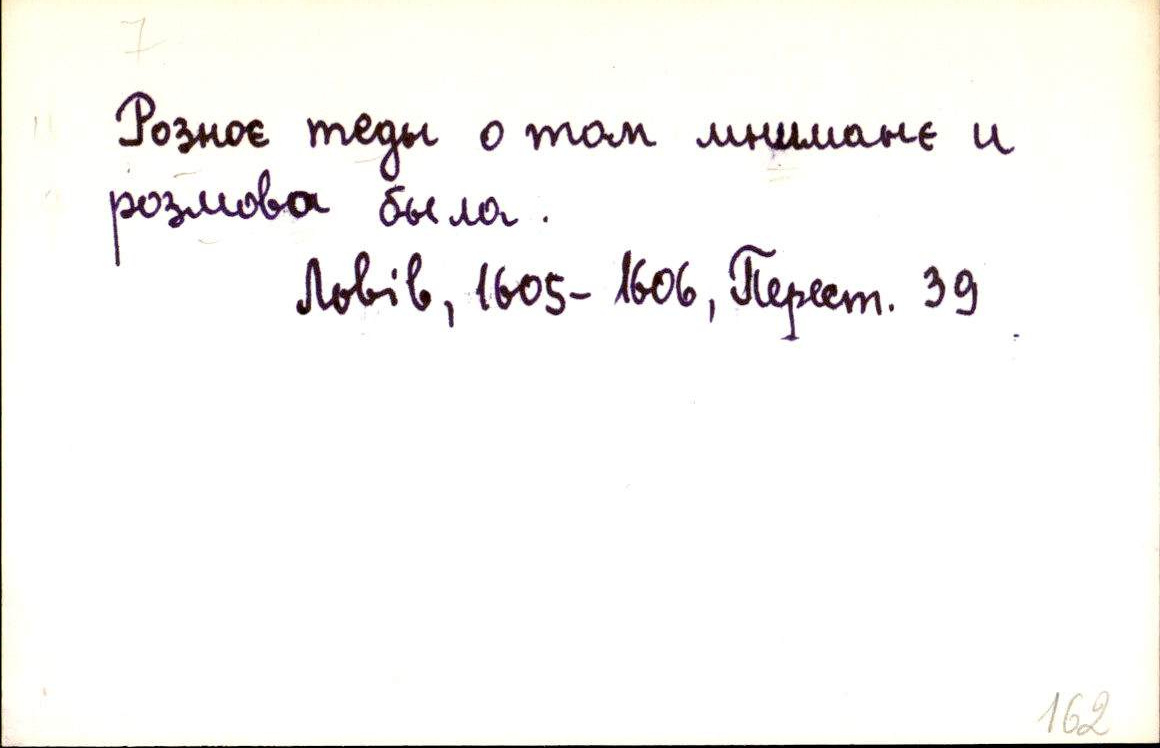
Розноє теды о том мниманє и
розмова была .
Львів, 1605-1606, Перест. 39